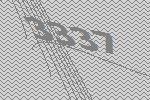
3337